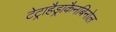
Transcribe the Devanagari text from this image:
टेट्राहैड्राकैनबिनोल